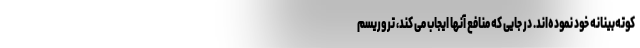
کوته‌بینانه خود نموده‌اند. در جایی که منافع آنها ایجاب می کند، تروریسم